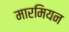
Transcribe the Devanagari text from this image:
मारमियन